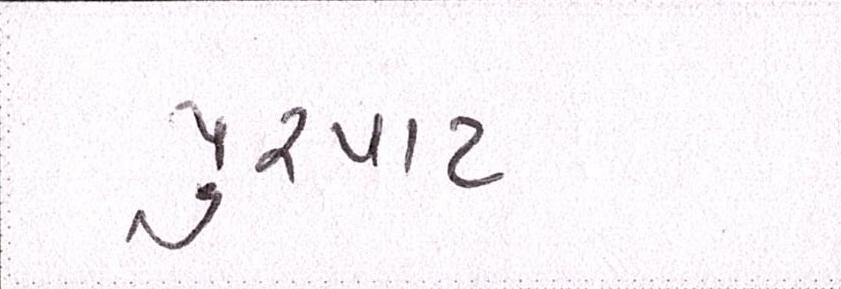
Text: પુરપાટ